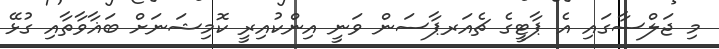
މި ޖަލްސާގައި އެ ޕާޓީގެ ޗެއަރޕާސަން ވަނީ އިންކުއިރީ ކޮމިޝަނަށް ބަޣާވާތާއި ގުޅޭ